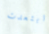
ابتعدت